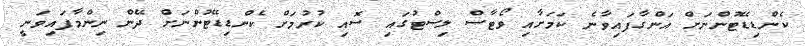
ކެންޑިޑޭޓުންނަށް އަންގާފައިވާނެ ކަމަށާއި ވޯޓާސް ލިސްޓުގައި ސޮއި ކުރުމަށް ކެންޑިޑޭޓުންނަށް ދޭން ނިންމާފައިވަނީ